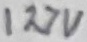
Text: 127V